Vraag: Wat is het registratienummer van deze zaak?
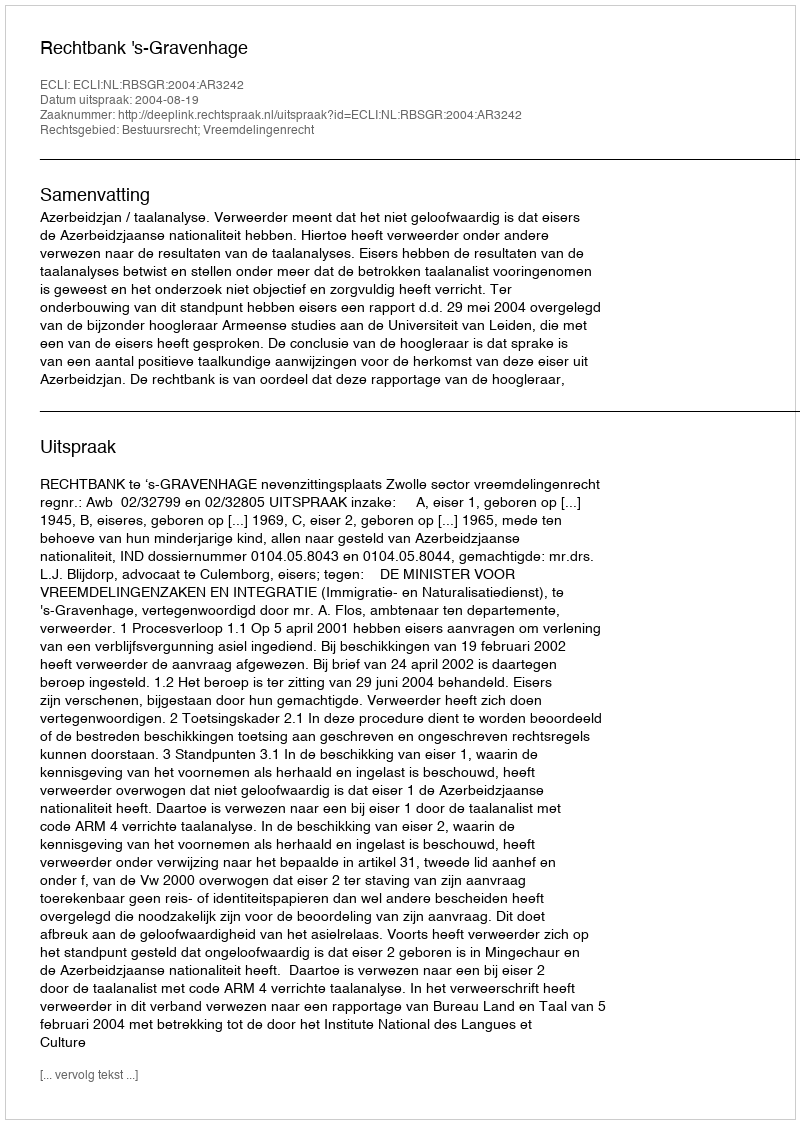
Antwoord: http://deeplink.rechtspraak.nl/uitspraak?id=ECLI:NL:RBSGR:2004:AR3242